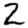
Digit: 2